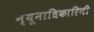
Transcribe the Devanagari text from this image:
न्यूनाधिकारिणी